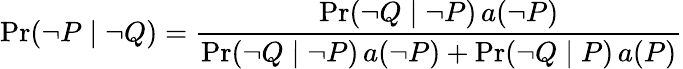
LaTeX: \operatorname*{Pr}(\lnot P\mid\lnot Q)={\frac{\operatorname*{Pr}(\lnot Q\mid\lnot P)\, a(\lnot P)}{\operatorname*{Pr}(\lnot Q\mid\lnot P)\, a(\lnot P)+\operatorname*{Pr}(\lnot Q\mid P)\, a(P)}}